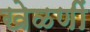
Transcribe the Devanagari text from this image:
खेळणीं